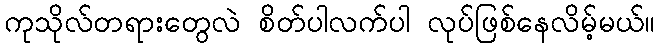
ကုသိုလ်တရားတွေလဲ စိတ်ပါလက်ပါ လုပ်ဖြစ်နေလိမ့်မယ်။